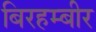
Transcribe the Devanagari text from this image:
बिरहम्बीर